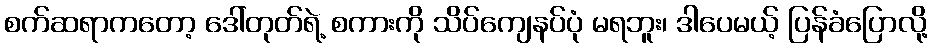
စက်ဆရာကတော့ ဒေါ်တုတ်ရဲ့ စကားကို သိပ်ကျေနပ်ပုံ မရဘူး၊ ဒါပေမယ့် ပြန်ခံပြောလို့